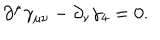
\partial ^ { \mu } \gamma _ { \mu \nu } - \partial _ { \nu } \gamma _ { 4 } = 0 .